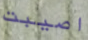
اصيبت